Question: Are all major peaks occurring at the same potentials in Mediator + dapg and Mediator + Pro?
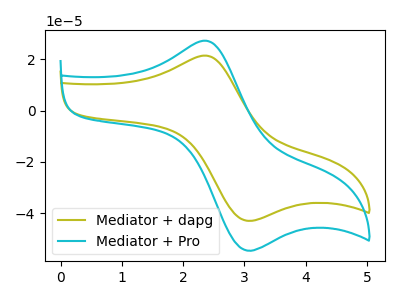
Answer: <think>The olive curve "Mediator + dapg" has an anodic peak at (2.35V, 21.50uA) and a cathodic peak at (3.00V, -42.75uA). The cyan curve "Mediator + Pro" has an anodic peak at (2.35V, 27.30uA) and a cathodic peak at (3.00V, -54.30uA).</think>
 <answer>Yes, "Mediator + dapg" have a peak in "Mediator + Pro" at the same potential.</answer>
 <eval>match</eval>